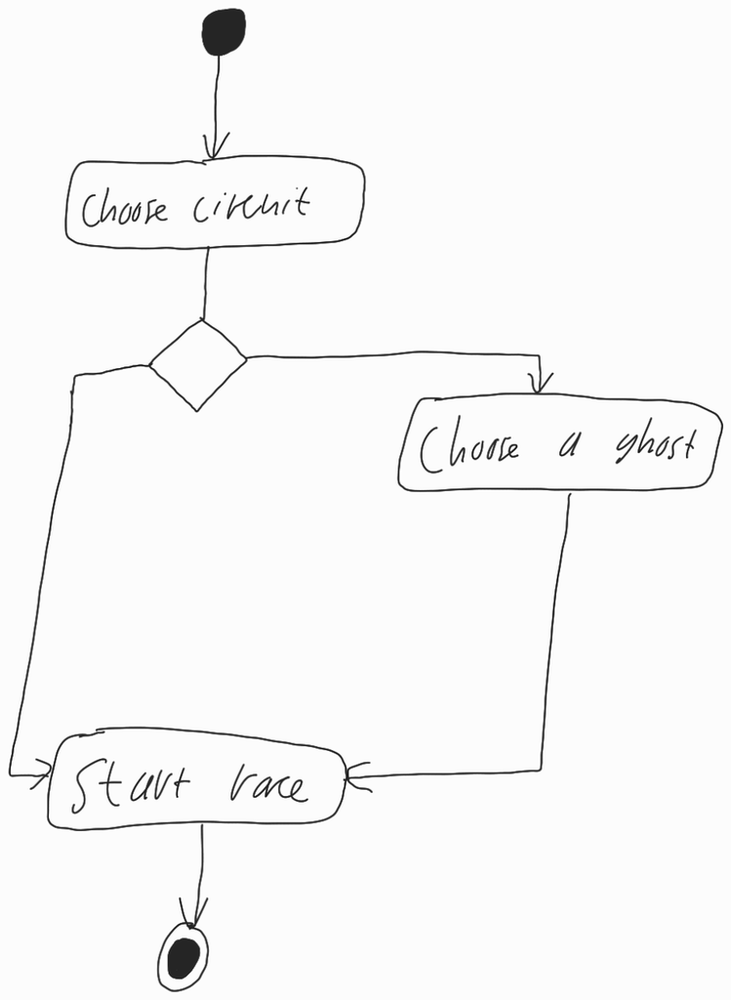
Diagram type: activity_diagram
```plantuml
@startuml

start

:Choose circuit;

if ()
  :Choose a ghost;
endif

:Start race;

stop

@enduml
```